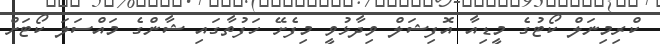
ކްރިމިނަލް ކޯޓުގެ މީޑިއާ އޮފިޝަލް ވިދާޅުވީ މިފެށޭ ހަފުތާގައި ޝާންގެ މައްސަލަ ކޯޓަށް